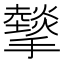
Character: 𢸧